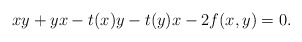
\begin{align*}xy +yx - t(x)y - t(y)x - 2f(x,y) = 0.\end{align*}